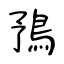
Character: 𩿎